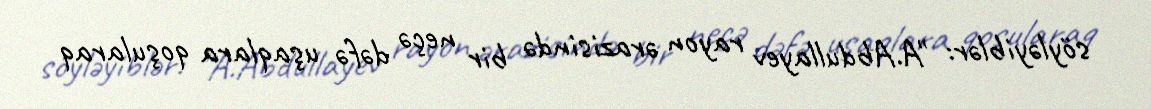
söyləyiblər: "A.Abdullayev rayon ərazisində bir neçə dəfə uşaqlara qoşularaq